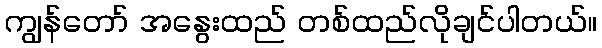
ကျွန်တော် အနွေးထည် တစ်ထည်လိုချင်ပါတယ်။